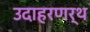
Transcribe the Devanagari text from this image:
उदाहरणर्थ